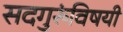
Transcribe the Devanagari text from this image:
सदगुरुंविषयी